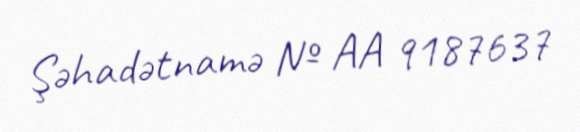
Şəhadətnamə № AA 9187637